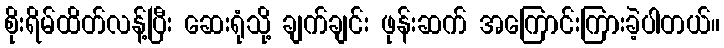
စိုးရိမ်ထိတ်လန့်ပြီး ဆေးရုံသို့ ချက်ချင်း ဖုန်းဆက် အကြောင်းကြားခဲ့ပါတယ်။